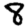
Digit: 8